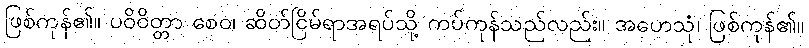
ဖြစ်ကုန်၏။ ပဝိဝိတ္တာ စေဝ၊ ဆိတ်ငြိမ်ရာအရပ်သို့ ကပ်ကုန်သည်လည်း။ အဟေသုံ၊ ဖြစ်ကုန်၏။